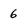
Character: 6